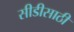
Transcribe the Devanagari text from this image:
सीडीसाठी